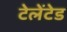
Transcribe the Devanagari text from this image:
टेलेंटेड